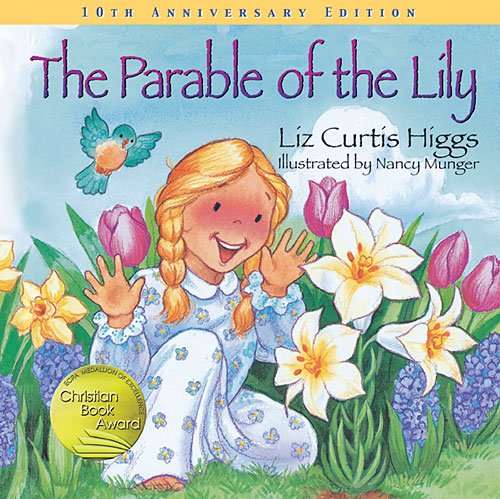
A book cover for The Parable of the Lily: Special 10th Anniversary Edition (Parable Series); Liz Curtis Higgs; Children's Books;